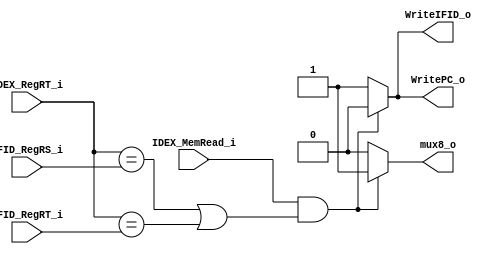
module Hazard_Detection
(
    IDEX_MemRead_i,
	IDEX_RegRT_i,
	IFID_RegRS_i,
	IFID_RegRT_i,

	WritePC_o,
	WriteIFID_o,
	mux8_o
);

input               IDEX_MemRead_i;
input   [4:0]		IDEX_RegRT_i, IFID_RegRS_i, IFID_RegRT_i;
output              WritePC_o, WriteIFID_o, mux8_o;

reg					WritePC_o, WriteIFID_o, mux8_o;
initial WritePC_o = 1'b1;
initial WriteIFID_o = 1'b1;
initial mux8_o = 1'b0;

//always@(*) begin
  //$display("Writeifid_o: %b", WriteIFID_o);
//end

always@(IDEX_MemRead_i or IDEX_RegRT_i or IFID_RegRS_i or IFID_RegRT_i) begin
  if(IDEX_MemRead_i && ((IDEX_RegRT_i == IFID_RegRS_i) || (IDEX_RegRT_i ==IFID_RegRT_i))) begin //stall
    	WritePC_o = 1'b0;
    	WriteIFID_o = 1'b0;
    	mux8_o	  = 1'b1;
    end
	else begin
		WritePC_o = 1'b1;
		WriteIFID_o = 1'b1;
    	mux8_o	  = 1'b0;
	end
end

endmodule